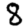
Digit: 8